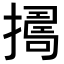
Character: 𢶈